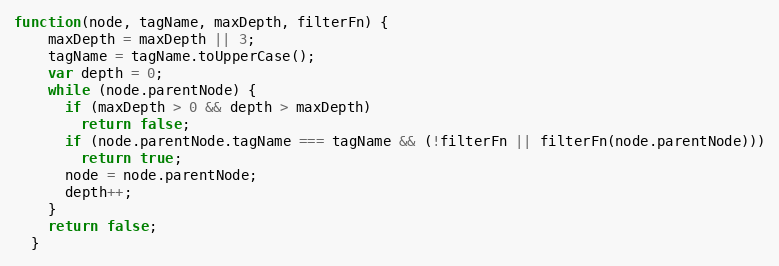
Language: JavaScript
function(node, tagName, maxDepth, filterFn) {
    maxDepth = maxDepth || 3;
    tagName = tagName.toUpperCase();
    var depth = 0;
    while (node.parentNode) {
      if (maxDepth > 0 && depth > maxDepth)
        return false;
      if (node.parentNode.tagName === tagName && (!filterFn || filterFn(node.parentNode)))
        return true;
      node = node.parentNode;
      depth++;
    }
    return false;
  }